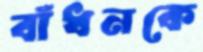
বাঁধনকে